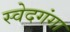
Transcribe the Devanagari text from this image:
स्वेदगंगा